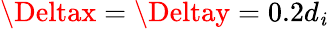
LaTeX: \Deltax=\Deltay=0.2d_{\mathit{i}}